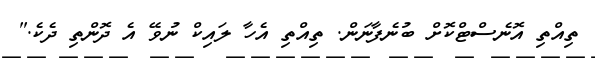
ތިއްތި އޮނެސްޓްކޮށް ބުނެފާނަން. ތިއްތި އެހާ ލައިކް ނުވޭ އެ ދޮންތި ދެކެ."